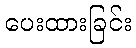
ပေးထားခြင်း